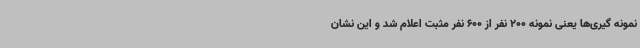
نمونه گیری‌ها یعنی نمونه 200 نفر از 600 نفر مثبت اعلام شد و این نشان